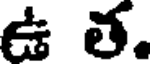
ఉ త.